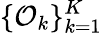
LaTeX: \{ \mathcal{O}_{k}\} _{k=1}^{K}